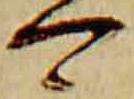
可